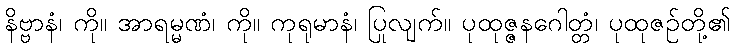
နိဗ္ဗာနံ၊ ကို။ အာရမ္မဏံ၊ ကို။ ကုရုမာနံ၊ ပြုလျက်။ ပုထုဇ္ဇနဂေါတ္တံ၊ ပုထုဇဉ်တို့၏